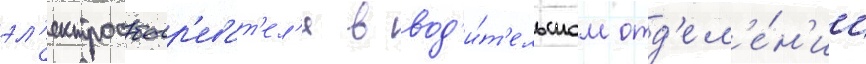
эл'ектрообогр'еват'ел'я в вод'и́т'ельском отд'ел'е́н'ии